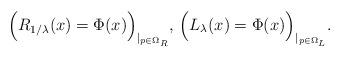
LaTeX: \begin{align*}\Big( R_{1/\lambda}(x)=\Phi(x) \Big)_{\mid_{p\in\Omega_R}},\,\Big( L_{\lambda}(x)=\Phi(x) \Big)_{\mid_{p\in\Omega_L}}.\end{align*}